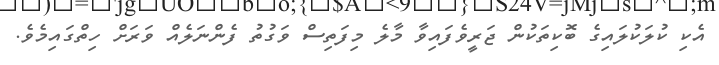
އެކި ކުލަކުލައިގެ ބޮކިތަކުން ޖަރީވެފައިވާ މާލެ މިފަތިސް ވަގުތު ފެންނަލެއް ވަރަށް ހިތްގައިމެވެ.